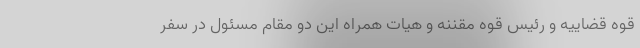
قوه قضاییه و رئیس قوه مقننه و هیات همراه این دو مقام مسئول در سفر